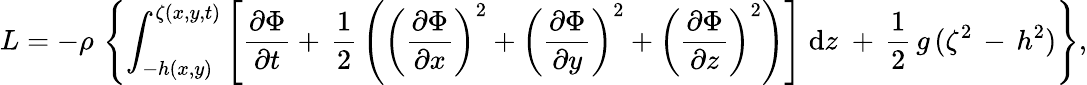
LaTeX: L=-\rho\, \left\{ \int_{-h(x,y)}^{\zeta(x,y,t)}\left[{\frac{\partial\Phi}{\partial t}}+\, {\frac{1}{2}}\left(\left({\frac{\partial\Phi}{\partial x}}\right)^{2}+\left({\frac{\partial\Phi}{\partial y}}\right)^{2}+\left({\frac{\partial\Phi}{\partial z}}\right)^{2}\right)\right]\; {\mathrm{d}}z\; +\, {\frac{1}{2}}\, g\, (\zeta^{2}\, -\, h^{2})\right\} ,